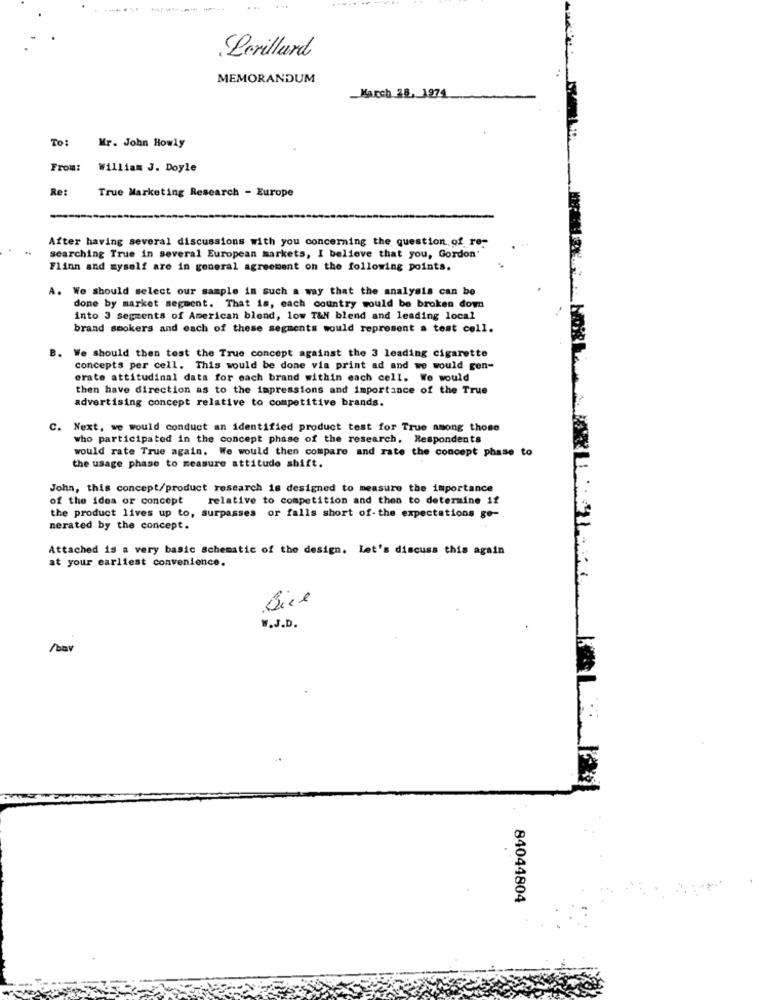
Lorillard
MEMORANDUM
March 28, 1974
To:
Mr. John Howly
From:
William J. Doyle
Ret
True Marketing Research - Europe
After having several discussions with you concerning the question of re-
searching True in several European markets, I believe that you, Gordon'
Flinn and myself are in general agreement on the following points.
A. We should select our sample in such a way that the analysis can be
done by market segment. That is, each country would be broken down
into 3 segments of American blond, low T&N blend and leading local
brand smokers and each of these segments would represent a test cell.
B. We should then test the True concept against the 3 leading cigarette
concepts per cell. This would be done via print ad and we would gen-
orate attitudinal data for each brand within each cell. We would
then have direction as to the impressions and importance of the True
advertising concept relative to competitive brands.
C.
Next, we would conduct an identified product test for True among those
who participated in the concept phase of the research. Respondents
would rate True again. We would then compare and rate the concept phase to
the usage phase to measure attitude shift.
John, this concept/product research is designed to measure the importance
of the idea of concept
relative to competition and then to determine if
the product lives up to, surpasses or falls short of- the expectations ge-
nerated by the concept.
Attached is a very basic schematic of the design. Let's discuss this again
at your earliest convenience.
Bice
W.J.D.
/bav
84044804